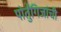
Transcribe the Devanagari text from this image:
पोर्तुगिजांची